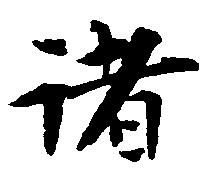
諸